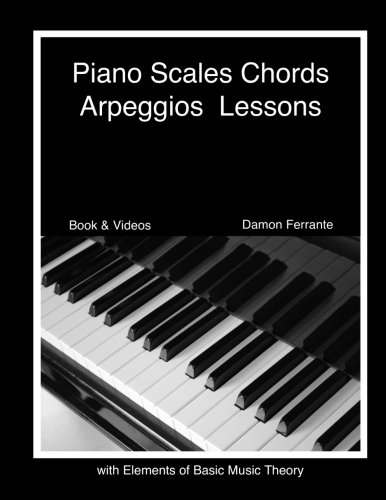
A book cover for Piano Scales, Chords & Arpeggios Lessons with Elements of Basic Music Theory: Fun, Step-By-Step Guide for Beginner to Advanced Levels(Book & Streaming Video); Damon Ferrante; Humor & Entertainment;